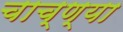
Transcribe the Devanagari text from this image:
चाच्ण्या